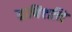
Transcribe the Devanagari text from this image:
द्वाविंशतिः